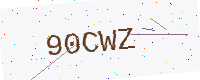
Text: 90CWZ